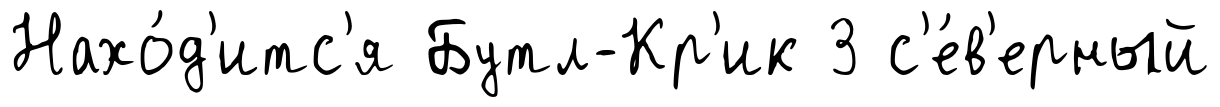
Нахо́д'итс'я Бутл-Кр'ик 3 с'е́в'ерный